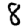
Digit: 8